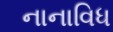
નાનાવિધ